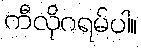
ကီလိုဂရမ်ပါ။